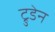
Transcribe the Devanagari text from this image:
ट्रुडेन